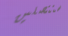
ستتصلين